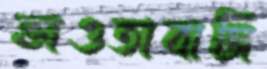
ভাওতাবাজি